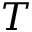
T